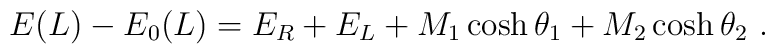
E(L)-E_{0}(L)=E_{R}+E_{L}+M_{1}\cosh \theta _{1}+M_{2}\cosh \theta_{2}\ .